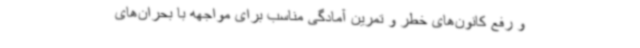
و رفع کانون‌های خطر و تمرین آمادگی مناسب برای مواجهه با بحران‌های